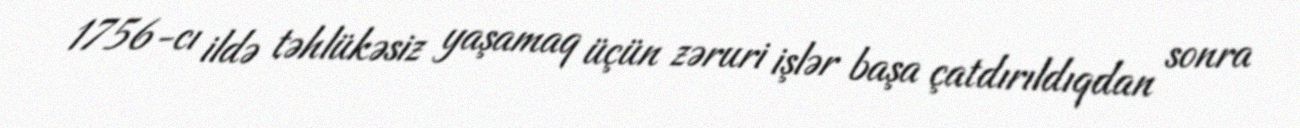
1756-cı ildə təhlükəsiz yaşamaq üçün zəruri işlər başa çatdırıldıqdan sonra